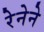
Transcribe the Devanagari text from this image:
रेनेने